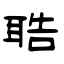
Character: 聕